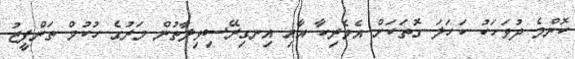
ކޮންމެ ދުވަހަކު ކަހަލަ ގޮތަކަށް އެމެރިކާ އާއި އިނގިރޭސިވިލާތުން މަރުގެ ހުކުމް ތަންފީޒު